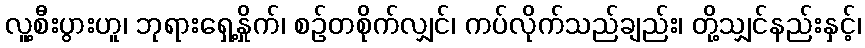
လူ့စီးပွားဟူ၊ ဘုရားရှေ့နှိုက်၊ စဉ်တစိုက်လျှင်၊ ကပ်လိုက်သည်ချည်း၊ တို့သျှင်နည်းနှင့်၊